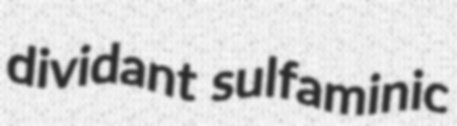
dividant sulfaminic